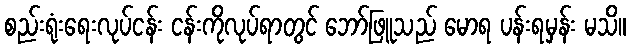
စည်းရုံးရေးလုပ်ငန်း ငန်းကိုလုပ်ရာတွင် ဘော်ဖြူသည် မောရ ပန်းရမှန်း မသိ။